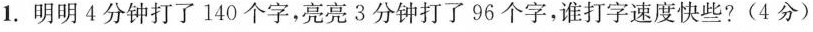
1.明明4分钟打了140个字，亮亮3分钟打了96个字，谁打字速度快些?(4分)